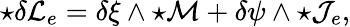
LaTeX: {\star{\delta\cal L}_{e}}=\delta\xi\wedge{\star{\cal M}}+\delta\psi\wedge{\star{\cal J}_{e}},